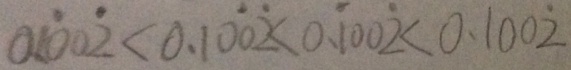
0 . 1 \dot { 0 } 0 \dot { 2 } < 0 . 1 0 \dot { 0 } \dot { 2 } < 0 . \dot { 1 } 0 0 \dot { 2 } < 0 . 1 0 0 \dot { 2 }